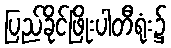
ပြည်ခိုင်ဖြိုးပါတီရုံး၌